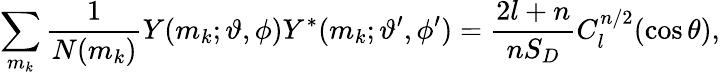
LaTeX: \sum_{m_{k}}\frac{1}{N(m_{k})}Y(m_{k};\vartheta,\phi)Y^{*}(m_{k};\vartheta^{\prime},\phi^{\prime})=\frac{2l+n}{nS_{D}}C_{l}^{n/2}(\cos\theta),